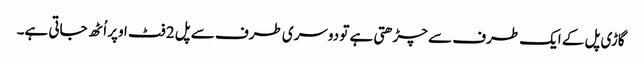
گاڑی پل کے ایک طرف سے چڑھتی ہے تو دوسری طرف سے پل 2 فٹ اوپر اُٹھ جاتی ہے۔